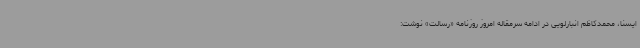
ایسنا، محمدکاظم انبارلویی در ادامه سرمقاله امروز روزنامه «رسالت» نوشت: